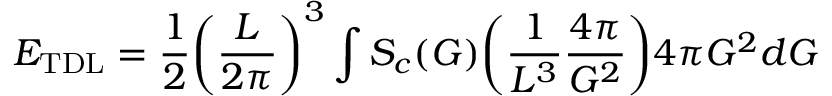
E _ { \mathrm { T D L } } = \frac { 1 } { 2 } \bigg ( \frac { L } { 2 \pi } \bigg ) ^ { 3 } \int S _ { c } ( G ) \bigg ( \frac { 1 } { L ^ { 3 } } \frac { 4 \pi } { G ^ { 2 } } \bigg ) 4 \pi G ^ { 2 } d G